Cultivation of the bacillus of leprosy and the treatment of cases by means of a vaccine prepared from the cultivations - Number 42
Disease focus: Leprosy
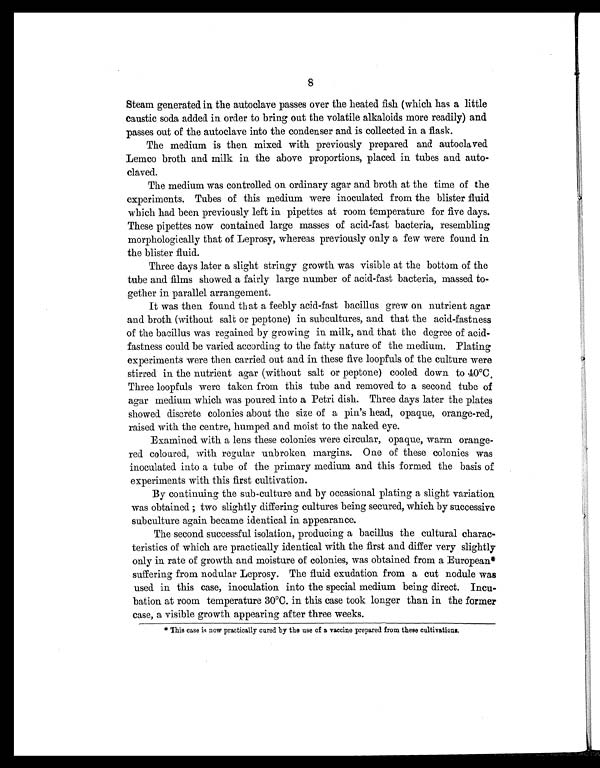
8
Steam generated in the autoclave passes over the heated fish (which has a little
caustic soda added in order to bring out the volatile alkaloids more readily) and
passes out of the autoclave into the condenser and is collected in a flask.
The medium is then mixed with previously prepared and autoclaved.
Lemco broth and milk in the above proportions, placed in tubes and auto-
claved.
The medium was controlled on ordinary agar and broth at the time of the
experiments. Tubes of this medium were inoculated from the blister fluid
which had been previously left in pipettes at room temperature for five days.
These pipettes now contained large masses of acid-fast bacteria, resembling
morphologically that of Leprosy, whereas previously only a few were found in
the blister fluid.
Three days later a slight stringy growth was visible at the bottom of the
tube and films showed a fairly large number of acid-fast bacteria, massed to-
gether in parallel arrangement.
It was then found that a feebly acid-fast bacillus grew on nutrient agar
and broth (without salt or peptone) in subcultures, and that the acid-fastness
of the bacillus was regained by growing in milk, and that the degree of acid-
fastness could be varied according to the fatty nature of the medium. Plating
experiments were then carried out and in these five loopfuls of the culture were
stirred in the nutrient agar (without salt or peptone) cooled down to 40°C.
Three loopfuls were taken from this tube and removed to a second tube of
agar medium which was poured into a Petri dish. Three days later the plates
showed discrete colonies about the size of a pin's head, opaque, orange-red,
raised with the centre, humped and moist to the naked eye.
Examined with a lens these colonies were circular, opaque, warm orange-
red coloured, with regular unbroken margins. One of these colonies was
inoculated into a tube of the primary medium and this formed the basis of
experiments with this first cultivation.
By continuing the sub-culture and by occasional plating a slight variation
was obtained ; two slightly differing cultures being secured, which by successive
subculture again became identical in appearance.
The second successful isolation, producing a bacillus the cultural charac-
teristics of which are practically identical with the first and differ very slightly
only in rate of growth and moisture of colonies, was obtained from a European*
suffering from nodular Leprosy. The fluid exudation from a cut nodule was
used in this case, inoculation into the special medium being direct. Incu-
bation at room temperature 30°C. in this case took longer than in the former
case, a visible growth appearing after three weeks.
* This case is now practically cured by the use of a vaccine prepared from these cultivations.